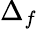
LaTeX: \Delta_{f}